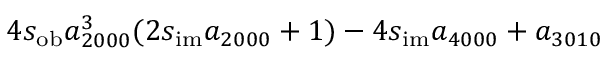
4 s _ { \mathrm { o b } } a _ { 2 0 0 0 } ^ { 3 } ( 2 s _ { \mathrm { i m } } a _ { 2 0 0 0 } + 1 ) - 4 s _ { \mathrm { i m } } a _ { 4 0 0 0 } + a _ { 3 0 1 0 }